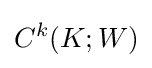
C^{k}(K;W)